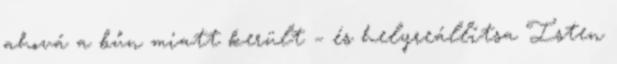
ahová a bűn miatt került – és helyreállítsa Isten